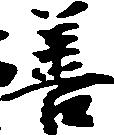
善